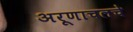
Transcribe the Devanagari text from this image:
अरूणाचलचे